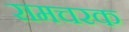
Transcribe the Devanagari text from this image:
रामचरक